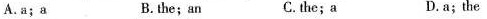
A. a; a B. the; an C. the; a D.a; the